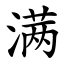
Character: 满